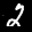
Label: 2